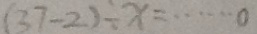
( 3 7 - 2 ) \div x = \cdots 0